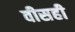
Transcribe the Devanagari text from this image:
वीसही